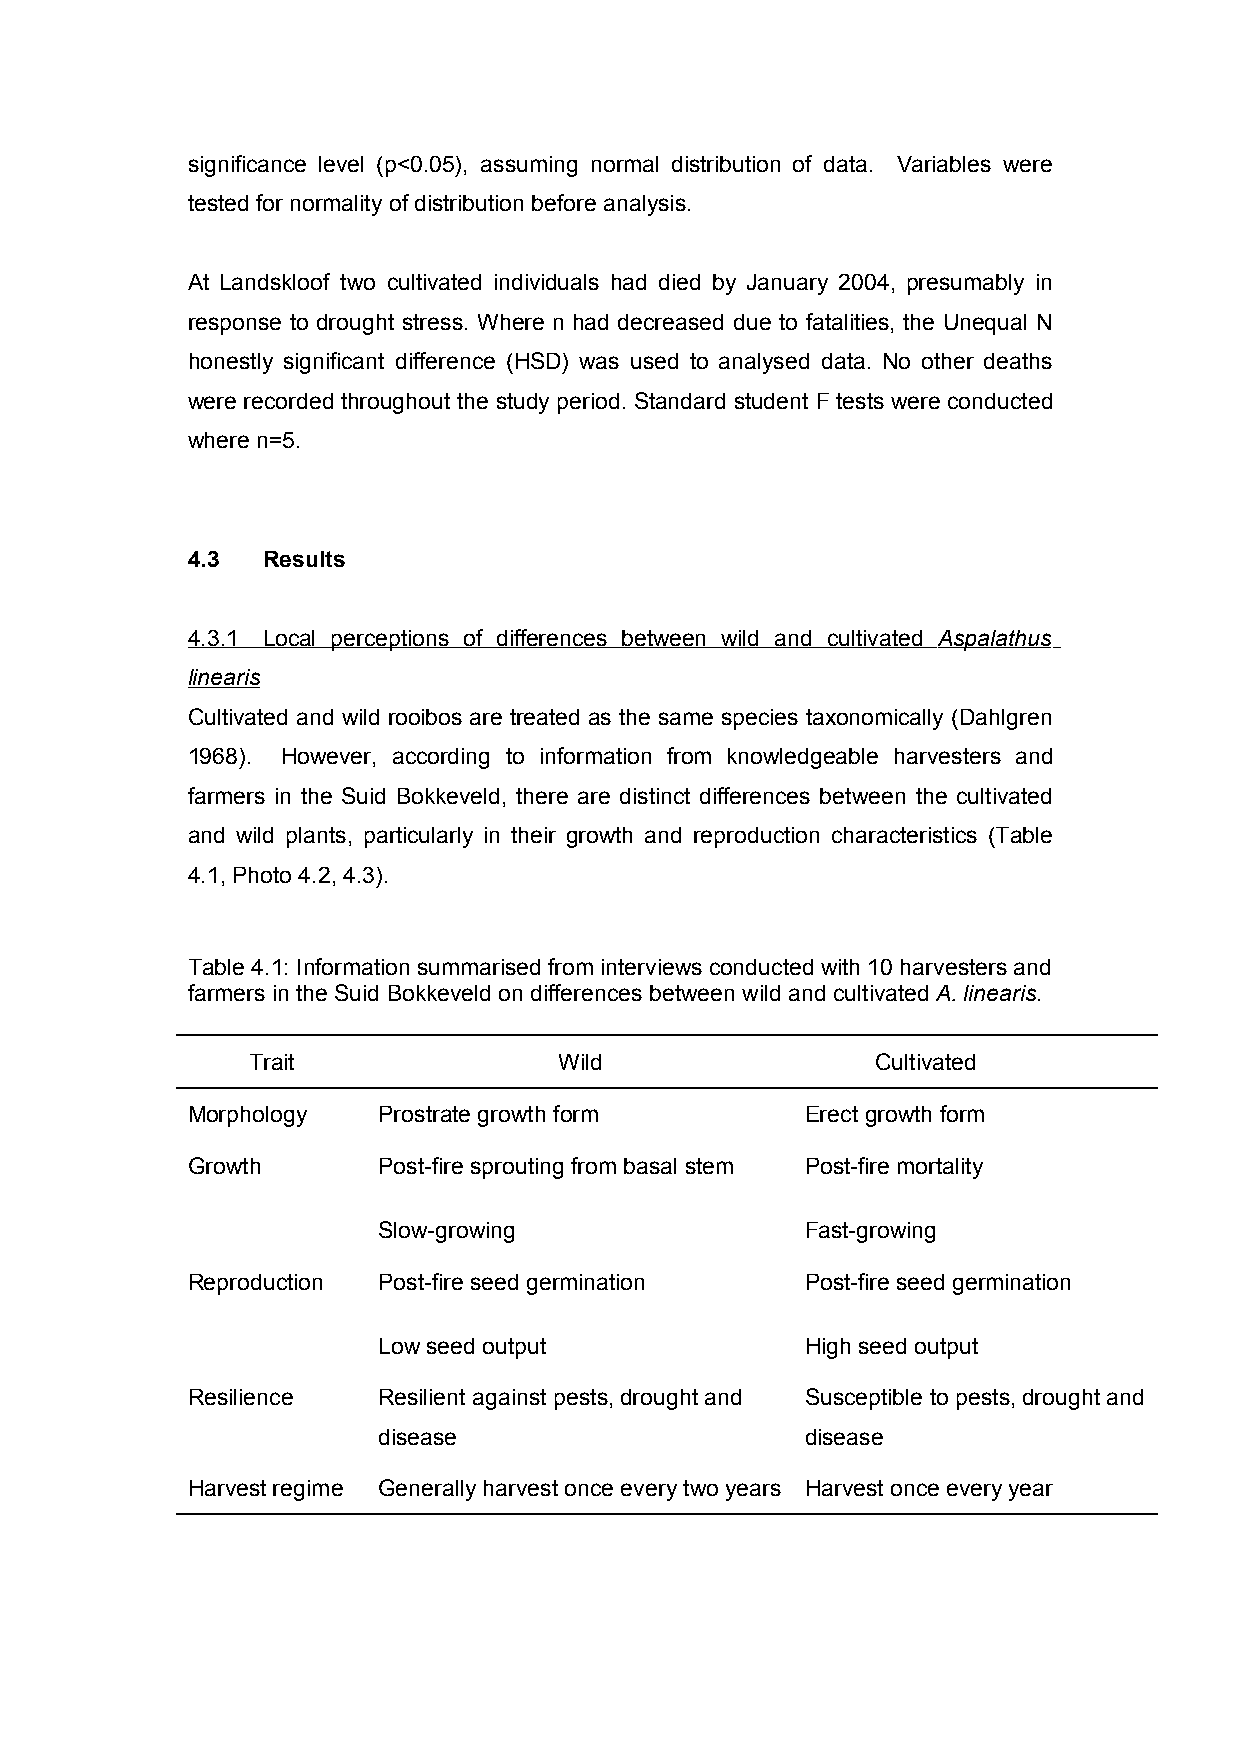
significance level (p<0.05), assuming normal distribution of data. Variables were
 tested for normality of distribution before analysis.
 At Landskloof two cultivated individuals had died by January 2004, presumably in
 response to drought stress. Where n had decreased due to fatalities, the Unequal N
 honestly significant difference (HSD) was used to analysed data. No other deaths
 were recorded throughout the study period. Standard student F tests were conducted
 where n=5.
 4.3  Results
 4.3.1 Local perceptions of differences between wild and cultivated Aspalathus
 linearis
 Cultivated and wild rooibos are treated as the same species taxonomically (Dahlgren
 1968). However, according to information from knowledgeable harvesters and
 farmers in the Suid Bokkeveld, there are distinct differences between the cultivated
 and wild plants, particularly in their growth and reproduction characteristics (Table
 4.1, Photo 4.2, 4.3).
 Table 4.1: Information summarised from interviews conducted with 10 harvesters and
 farmers in the Suid Bokkeveld on differences between wild and cultivated A. linearis.
 Trait                Wild                 Cultivated
 Morphology   Prostrate growth form       Erect growth form
 Growth       Post-fire sprouting from basal stem Post-fire mortality
 Slow-growing                Fast-growing
 Reproduction Post-fire seed germination  Post-fire seed germination
 Low seed output             High seed output
 Resilience   Resilient against pests, drought and Susceptible to pests, drought and
 disease                     disease
 Harvest regime Generally harvest once every two years Harvest once every year
 44